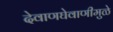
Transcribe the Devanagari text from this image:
देवाणघेवाणीमुळे